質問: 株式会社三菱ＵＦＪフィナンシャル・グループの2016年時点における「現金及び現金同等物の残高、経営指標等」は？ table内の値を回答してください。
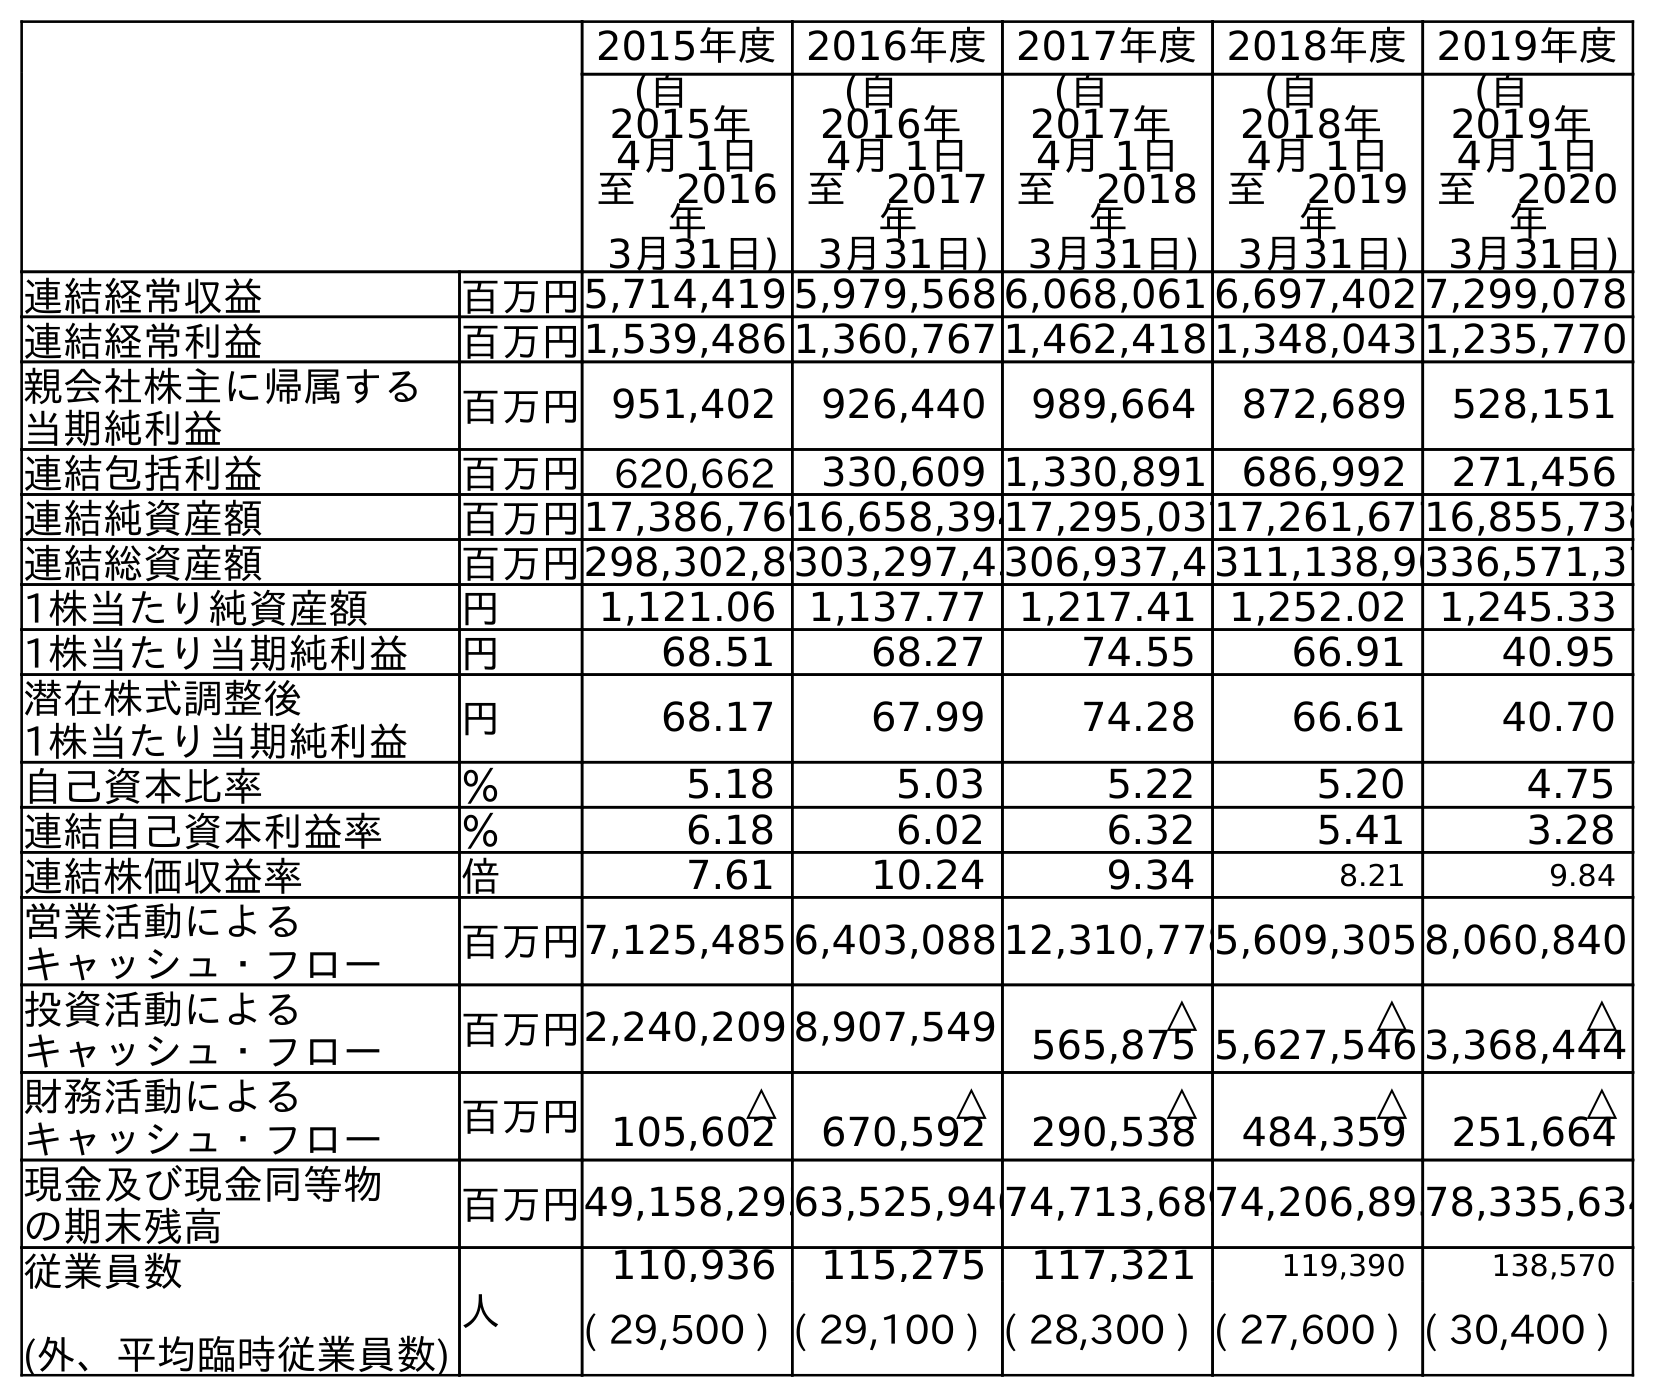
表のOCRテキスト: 2015年度2016年度2017年度2018年度2019年度 (自  2015年 4月 1日 至 2016 年 3月31日) (自  2016年 4月 1日 至 2017 年 3月31日) (自  2017年 4月 1日 至 2018 年 3月31日) (自  2018年 4月 1日 至 2019 年 3月31日) (自  2019年 4月 1日 至 2020 年 3月31日) 連結経常収益 百万円5,714,419 5,979,568 6,068,061 6,697,402 7,299,078 連結経常利益 百万円1,539,486 1,360,767 1,462,418 1,348,043 1,235,770 親会社株主に帰属する 当期純利益 百万円951,402 926,440 989,664 872,689 528,151 連結包括利益 百万円 620,662 330,609 1,330,891 686,992 271,456 連結純資産額 百万円17,386,76916,658,39417,295,03717,261,67716,855,738 連結総資産額 百万円298,302,89303,297,43306,937,4 311,138,90336,571,37 1株当たり純資産額 円 1,121.06 1,137.77 1,217.41 1,252.02 1,245.33 1株当たり当期純利益 円 68.51 68.27 74.55 66.91 40.95 潜在株式調整後 1株当たり当期純利益 円 68.17 67.99 74.28 66.61 40.70 自己資本比率 ％ 5.18 5.03 5.22 5.20 4.75 連結自己資本利益率 ％ 6.18 6.02 6.32 5.41 3.28 連結株価収益率 倍 7.61 10.24 9.34 8.21 9.84 営業活動による キャッシュ・フロー 百万円7,125,485 6,403,088 12,310,7785,609,305 8,060,840 投資活動による キャッシュ・フロー 百万円2,240,209 8,907,549 △ 565,875 △ 5,627,546 △ 3,368,444 財務活動による キャッシュ・フロー 百万円 △ 105,602 △ 670,592 △ 290,538 △ 484,359 △ 251,664 現金及び現金同等物 の期末残高 百万円49,158,29363,525,94074,713,68974,206,89578,335,634 従業員数 (外、平均臨時従業員数) 人 110,936 115,275 117,321 119,390 138,570 ( 29,500 ) ( 29,100 ) ( 28,300 ) ( 27,600 ) ( 30,400 )
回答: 49,158,293